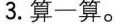
3. 算一算。